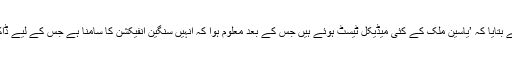
جے کے ایل ایف کے ترجمان نے بتایا کہ ’یاسین ملک کے کئی میڈیکل ٹیسٹ ہوئے ہیں جس کے بعد معلوم ہوا کہ انہیں سنگین انفیکشن کا سامنا ہے جس کے لیے ڈاکٹرز نے سرجری کی تجویز دی۔